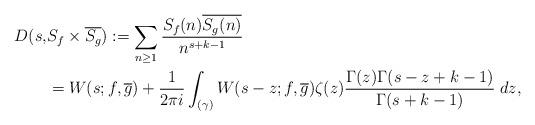
LaTeX: \begin{align*} D(s, &S_f \times \overline{S_g}) := \sum_{n \geq 1} \frac{S_f(n) \overline{S_g(n)}}{n^{s + k - 1}} \\ &= W(s; f,\overline{g}) + \frac{1}{2\pi i} \int_{(\gamma)} W(s - z; f,\overline{g}) \zeta(z) \frac{\Gamma(z) \Gamma(s - z + k - 1)}{\Gamma(s + k - 1)} \; dz, \end{align*}